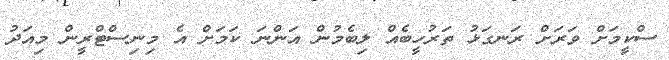
ސްކީމަށް ވަރަށް ރަނގަޅު ތަރުހީބެއް ލިބެމުން އަންނަ ކަމަށް އެ މިނިސްޓްރީން މިއަދު